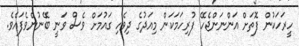
ހީރަހަކުން ފޮތަށް އަންނަންޖެހޭ ފުރިހަމަކަން މިއަދުގެ ދިވެހި ގައުމަށް ވެސް ވަނީ ބޭނުންވެފައެވެ.